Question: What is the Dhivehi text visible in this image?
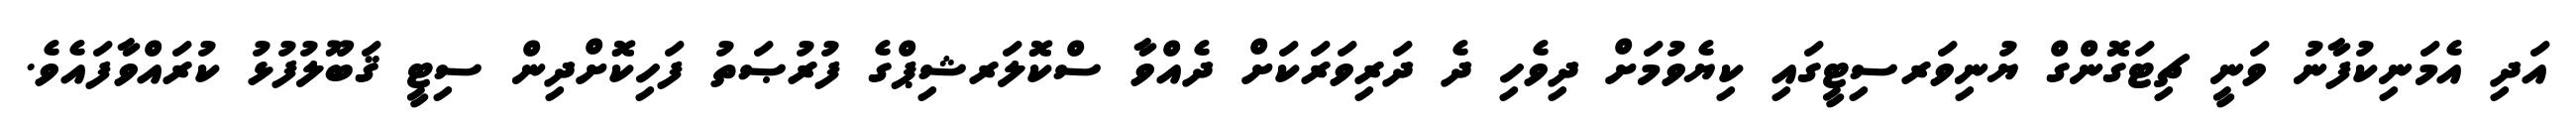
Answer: އަދި އެމަނިކުފާނު ވަނީ ޗިޓަގޮންގް ޔުނިވަރސިޓީގައި ކިޔެވުމަށް ދިވެހި ދެ ދަރިވަރަކަށް ދެއްވާ ސްކޮލަރޝިޕްގެ ފުރުޞަތު ފަހިކޮށްދިން ސިޓީ ޤަބޫލުފުޅު ކުރައްވާފައެވެ.